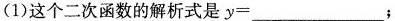
(1)这个二次函数的解析式是y=_________；